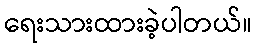
ရေးသားထားခဲ့ပါတယ်။